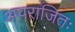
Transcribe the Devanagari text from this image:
अपराजितः